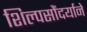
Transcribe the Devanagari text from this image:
शिल्पसौंदर्याने